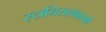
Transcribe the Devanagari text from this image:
स्टानिसलावस्की